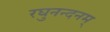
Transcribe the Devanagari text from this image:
रघुनन्दनम्‌